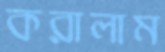
করালাম